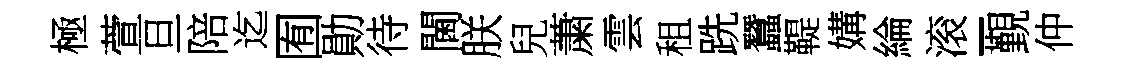
極萱旦陪迄囿勛待閫朕兒䔥雲租跣蠶鞮媾綸滚-覲仲